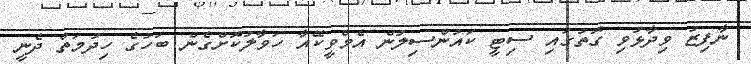
ނާފިޒު ވިދާޅުވި ގޮތުގައި ސިޓީ ކައުންސިލުން އެމްވީކޭއާ ހަވާލުކޮށްގެން ބަހުގެ ހިދުމަތް ދެނީ